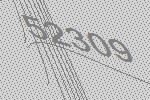
52309